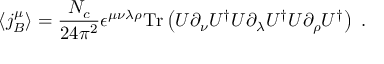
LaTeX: \langle j _ { B } ^ { \mu } \rangle = \frac { N _ { c } } { 2 4 \pi ^ { 2 } } \epsilon ^ { \mu \nu \lambda \rho } \mathrm { T r } \left( U \partial _ { \nu } U ^ { \dagger } U \partial _ { \lambda } U ^ { \dagger } U \partial _ { \rho } U ^ { \dagger } \right) \; .